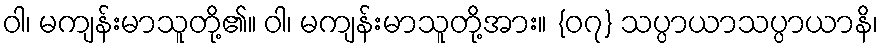
ဝါ၊ မကျန်းမာသူတို့၏။ ဝါ၊ မကျန်းမာသူတို့အား။ {၀၇} သပ္ပာယာသပ္ပာယာနိ၊